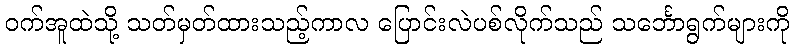
ဝက်အူထဲသို့ သတ်မှတ်ထားသည့်ကာလ ပြောင်းလဲပစ်လိုက်သည် သင်္ဘောရွက်များကို